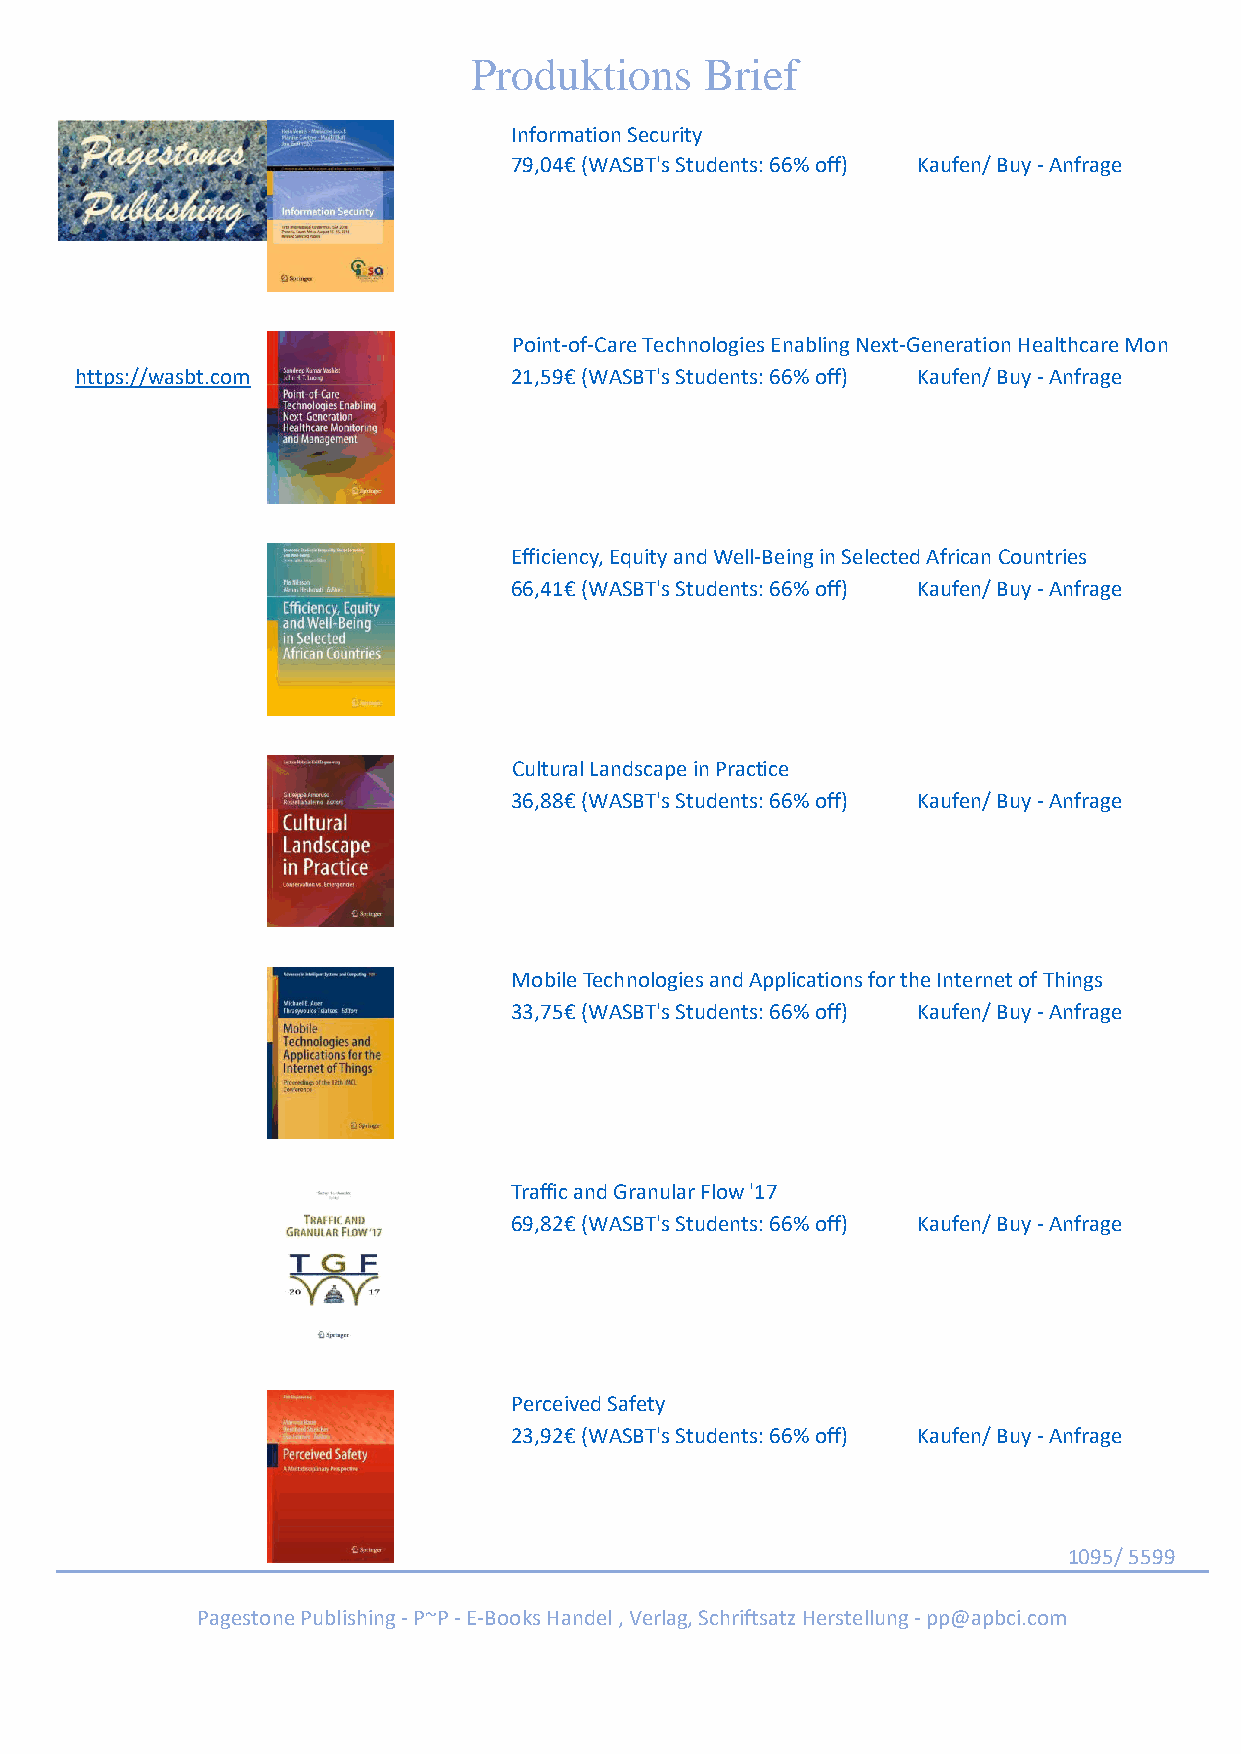
Produktions     Brief
 Information Security
 79,04€ (WASBT's Students: 66% off) Kaufen/ Buy - Anfrage
 Point-of-Care Technologies Enabling Next-Generation Healthcare Mon
 https://wasbt.com            21,59€ (WASBT's Students: 66% off) Kaufen/ Buy - Anfrage
 Efficiency, Equity and Well-Being in Selected African Countries
 66,41€ (WASBT's Students: 66% off) Kaufen/ Buy - Anfrage
 Cultural Landscape in Practice
 36,88€ (WASBT's Students: 66% off) Kaufen/ Buy - Anfrage
 Mobile Technologies and Applications for the Internet of Things
 33,75€ (WASBT's Students: 66% off) Kaufen/ Buy - Anfrage
 Traffic and Granular Flow '17
 69,82€ (WASBT's Students: 66% off) Kaufen/ Buy - Anfrage
 Perceived Safety
 23,92€ (WASBT's Students: 66% off) Kaufen/ Buy - Anfrage
 1095/ 5599
 Pagestone Publishing - P~P - E-Books Handel , Verlag, Schriftsatz Herstellung - pp@apbci.com